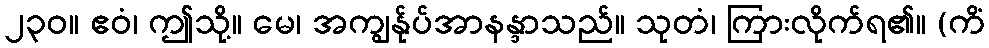
၂၃၀။ ဧဝံ၊ ဤသို့။ မေ၊ အကျွန်ုပ်အာနန္ဒာသည်။ သုတံ၊ ကြားလိုက်ရ၏။ (ကိံ